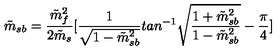
\tilde { m } _ { s b } = { \frac { { \tilde { m } _ { f } } ^ { 2 } } { 2 \tilde { m } _ { s } } } [ { \frac { 1 } { \sqrt { 1 - \tilde { m } _ { s b } ^ { 2 } } } } t a n ^ { - 1 } \sqrt { { \frac { 1 + \tilde { m } _ { s b } ^ { 2 } } { 1 - \tilde { m } _ { s b } ^ { 2 } } } } - { \frac { \pi } { 4 } } ]